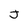
Character: J